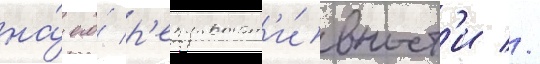
на́ его́ р'езультат'и́вност'и //